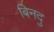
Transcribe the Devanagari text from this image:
बिनदु